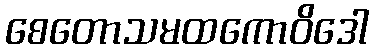
စေတောသမထကောဝိဒေါ